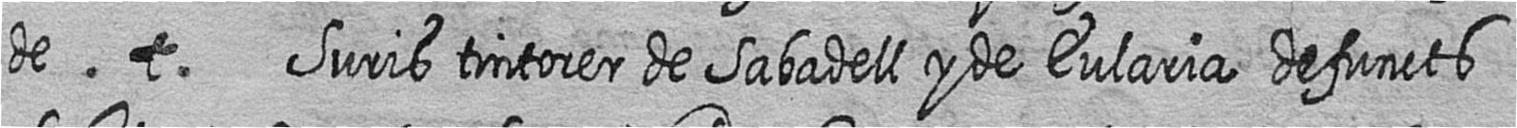
de t Suris tintorer de Sabadell y de Eularia defuncts